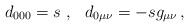
LaTeX: \begin{align*}d_{000}=s\ ,\ \ d_{0\mu\nu}=-sg_{\mu\nu}\,,\end{align*}